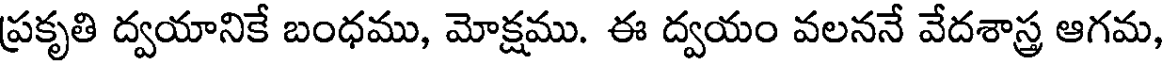
ప్రకృతి ద్వయానికే బంధము, మోక్షము. ఈ ద్వయం వలననే వేదశాస్త్ర ఆగమ,